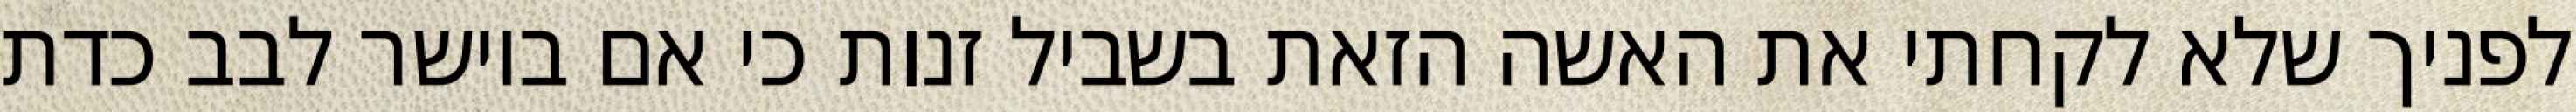
לפניך שלא לקחתי את האשה הזאת בשביל זנות כי אם ביושר לבב כדת